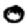
Digit: 0